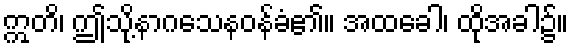
ဣတိ၊ ဤသို့နာဂသေနဝန်ခံ၏။ အထခေါ၊ ထိုအခါ၌။